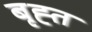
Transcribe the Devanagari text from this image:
बृह्त